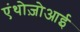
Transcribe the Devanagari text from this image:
एंथोज़ोआई